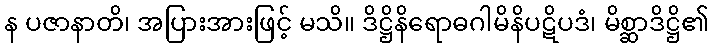
န ပဇာနာတိ၊ အပြားအားဖြင့် မသိ။ ဒိဋ္ဌိနိရောဓဂါမိနိပဋိပဒံ၊ မိစ္ဆာဒိဋ္ဌိ၏